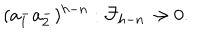
( a _ { 1 } ^ { - } a _ { 2 } ^ { - } ) ^ { h - n } : { \cal F } _ { h - n } \rightarrow 0 .